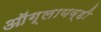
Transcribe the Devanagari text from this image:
ऑग्लायव्ही